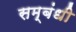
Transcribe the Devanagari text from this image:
सम्‍बंधी